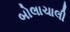
બોલાચાલી